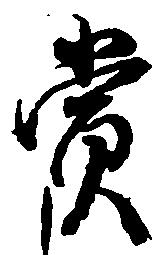
賞